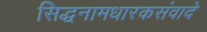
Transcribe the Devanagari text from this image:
सिद्धनामधारकसंवादे